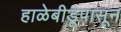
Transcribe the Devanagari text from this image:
हाळेबीडूपासून